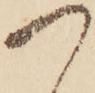
つ